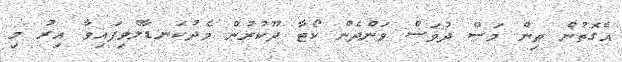
އެގޮތުން ތިން މަސް ދުވަސް ވަންދެން ކޯޓާ ދޫކުރުން މެދުކަނޑާލެވިފައިވާ އިރު މި